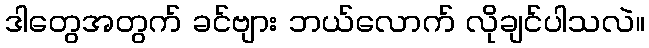
ဒါတွေအတွက် ခင်ဗျား ဘယ်လောက် လိုချင်ပါသလဲ။